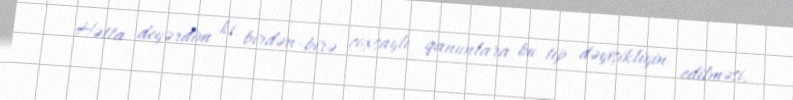
Hətta deyərdim ki, birdən-birə çoxsaylı qanunlara bu tip dəyişikliyin edilməsi,